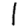
Digit: 1